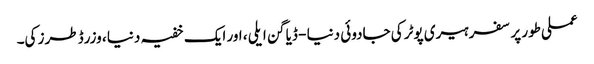
عملی طور پر سفر ہیری پوٹر کی جادوئی دنیا - ڈیاگن ایلی ، اور ایک خفیہ دنیا ، وزرڈ طرز کی۔